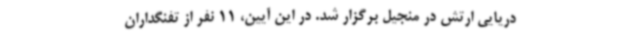
دریایی ارتش در منجیل برگزار شد. در این آیین، 11 نفر از تفنگداران